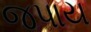
જપાય